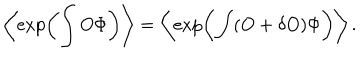
\left\langle \exp \left( \int O \Phi \right) \right\rangle = \left\langle \exp \left( \int ( O + \delta O ) \Phi \right) \right\rangle .